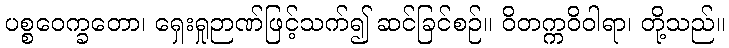
ပစ္စဝေက္ခတော၊ ရှေးရှုဉာဏ်ဖြင့်သက်၍ ဆင်ခြင်စဉ်။ ဝိတက္ကဝိဝါရာ၊ တို့သည်။